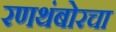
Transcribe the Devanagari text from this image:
रणथंबोरचा